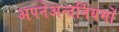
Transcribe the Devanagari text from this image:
अपनेअन्तर्नियमों